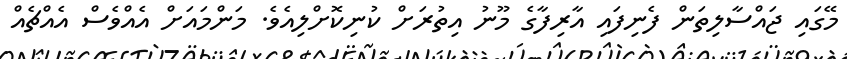
މޭގައި ޖައްސާލިތަން ފެނިފައި އާރިފާގެ މޫނު އިތުރަށް ކުނިކޮށްލިއެވެ. މަންމައަށް އެއްވެސް އެއްޗެއް